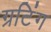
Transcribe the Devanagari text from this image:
ग्रटिंग